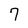
Character: 7